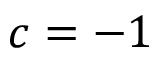
c = - 1